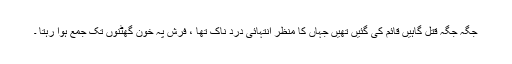
جگہ جگہ قتل گاہیں قائم کی گئیں تھیں جہاں کا منظر انتہائی درد ناک تھا ، فرش پہ خون گھٹنوں تک جمع ہوا رہتا ۔